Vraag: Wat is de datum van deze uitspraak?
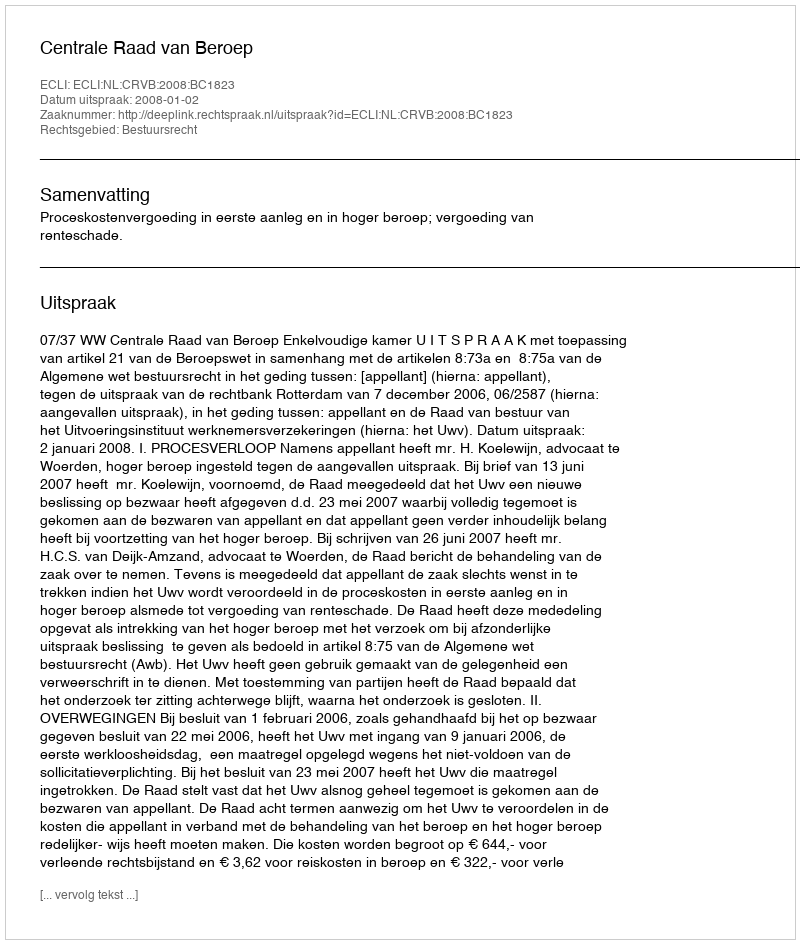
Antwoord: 2008-01-02